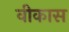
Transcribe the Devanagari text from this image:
वीकास